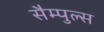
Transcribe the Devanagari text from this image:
सैम्पुल्स